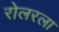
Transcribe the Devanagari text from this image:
रोलरला